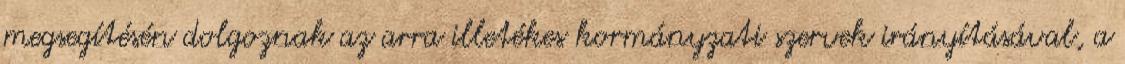
megsegítésén dolgoznak az arra illetékes kormányzati szervek irányításával, a